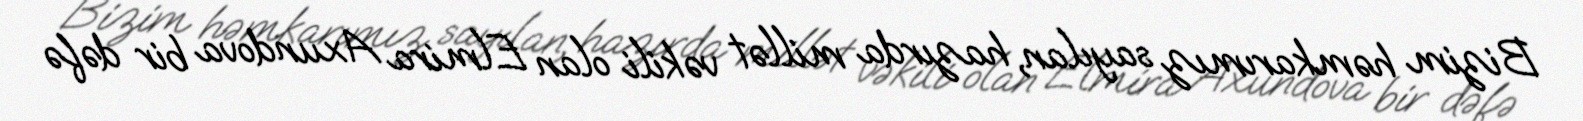
Bizim həmkarımız sayılan, hazırda millət vəkili olan Elmira Axundova bir dəfə